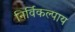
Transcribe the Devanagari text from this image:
निर्विकल्पाय